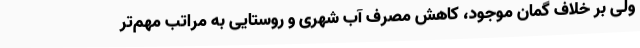
ولی بر خلاف گمان موجود، کاهش مصرف آب شهری و روستایی به مراتب مهم‌تر